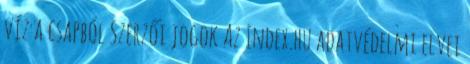
víz a csapból Szerzői jogok Az Index.hu adatvédelmi elvei